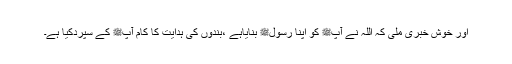
اور خوش خبری ملی کہ اللہ نے آپﷺ کو اپنا رسولﷺ بنایاہے ،بندوں کی ہدایت کا کام آپﷺ کے سپردکیا ہے۔